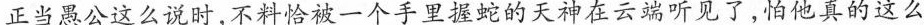
正当愚公这么说时，不料恰被一个手里握蛇的天神在云端听见了，怕他真的这么